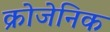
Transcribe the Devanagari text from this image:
क्रोजेनिक